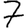
Digit: 7